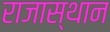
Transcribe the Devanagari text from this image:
राजास्थान